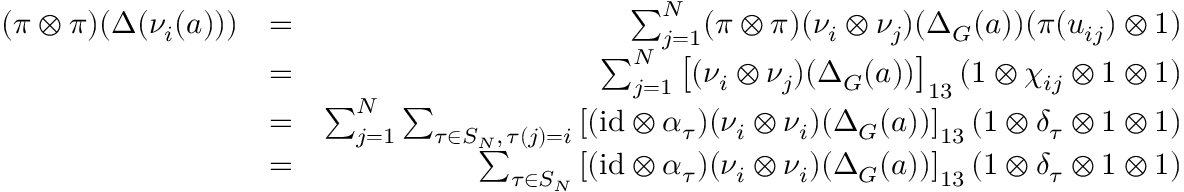
\begin{array} { r l r } { ( \pi \otimes \pi ) ( \Delta ( \nu _ { i } ( a ) ) ) } & { = } & { \sum _ { j = 1 } ^ { N } ( \pi \otimes \pi ) ( \nu _ { i } \otimes \nu _ { j } ) ( \Delta _ { G } ( a ) ) ( \pi ( u _ { i j } ) \otimes 1 ) } \\ & { = } & { \sum _ { j = 1 } ^ { N } \left[ ( \nu _ { i } \otimes \nu _ { j } ) ( \Delta _ { G } ( a ) ) \right] _ { 1 3 } ( 1 \otimes \chi _ { i j } \otimes 1 \otimes 1 ) } \\ & { = } & { \sum _ { j = 1 } ^ { N } \sum _ { \tau \in S _ { N } , \, \tau ( j ) = i } \left[ ( \mathrm { i d } \otimes \alpha _ { \tau } ) ( \nu _ { i } \otimes \nu _ { i } ) ( \Delta _ { G } ( a ) ) \right] _ { 1 3 } ( 1 \otimes \delta _ { \tau } \otimes 1 \otimes 1 ) } \\ & { = } & { \sum _ { \tau \in S _ { N } } \left[ ( \mathrm { i d } \otimes \alpha _ { \tau } ) ( \nu _ { i } \otimes \nu _ { i } ) ( \Delta _ { G } ( a ) ) \right] _ { 1 3 } ( 1 \otimes \delta _ { \tau } \otimes 1 \otimes 1 ) } \end{array}